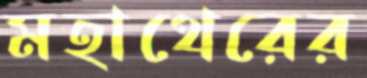
মহাথেরের